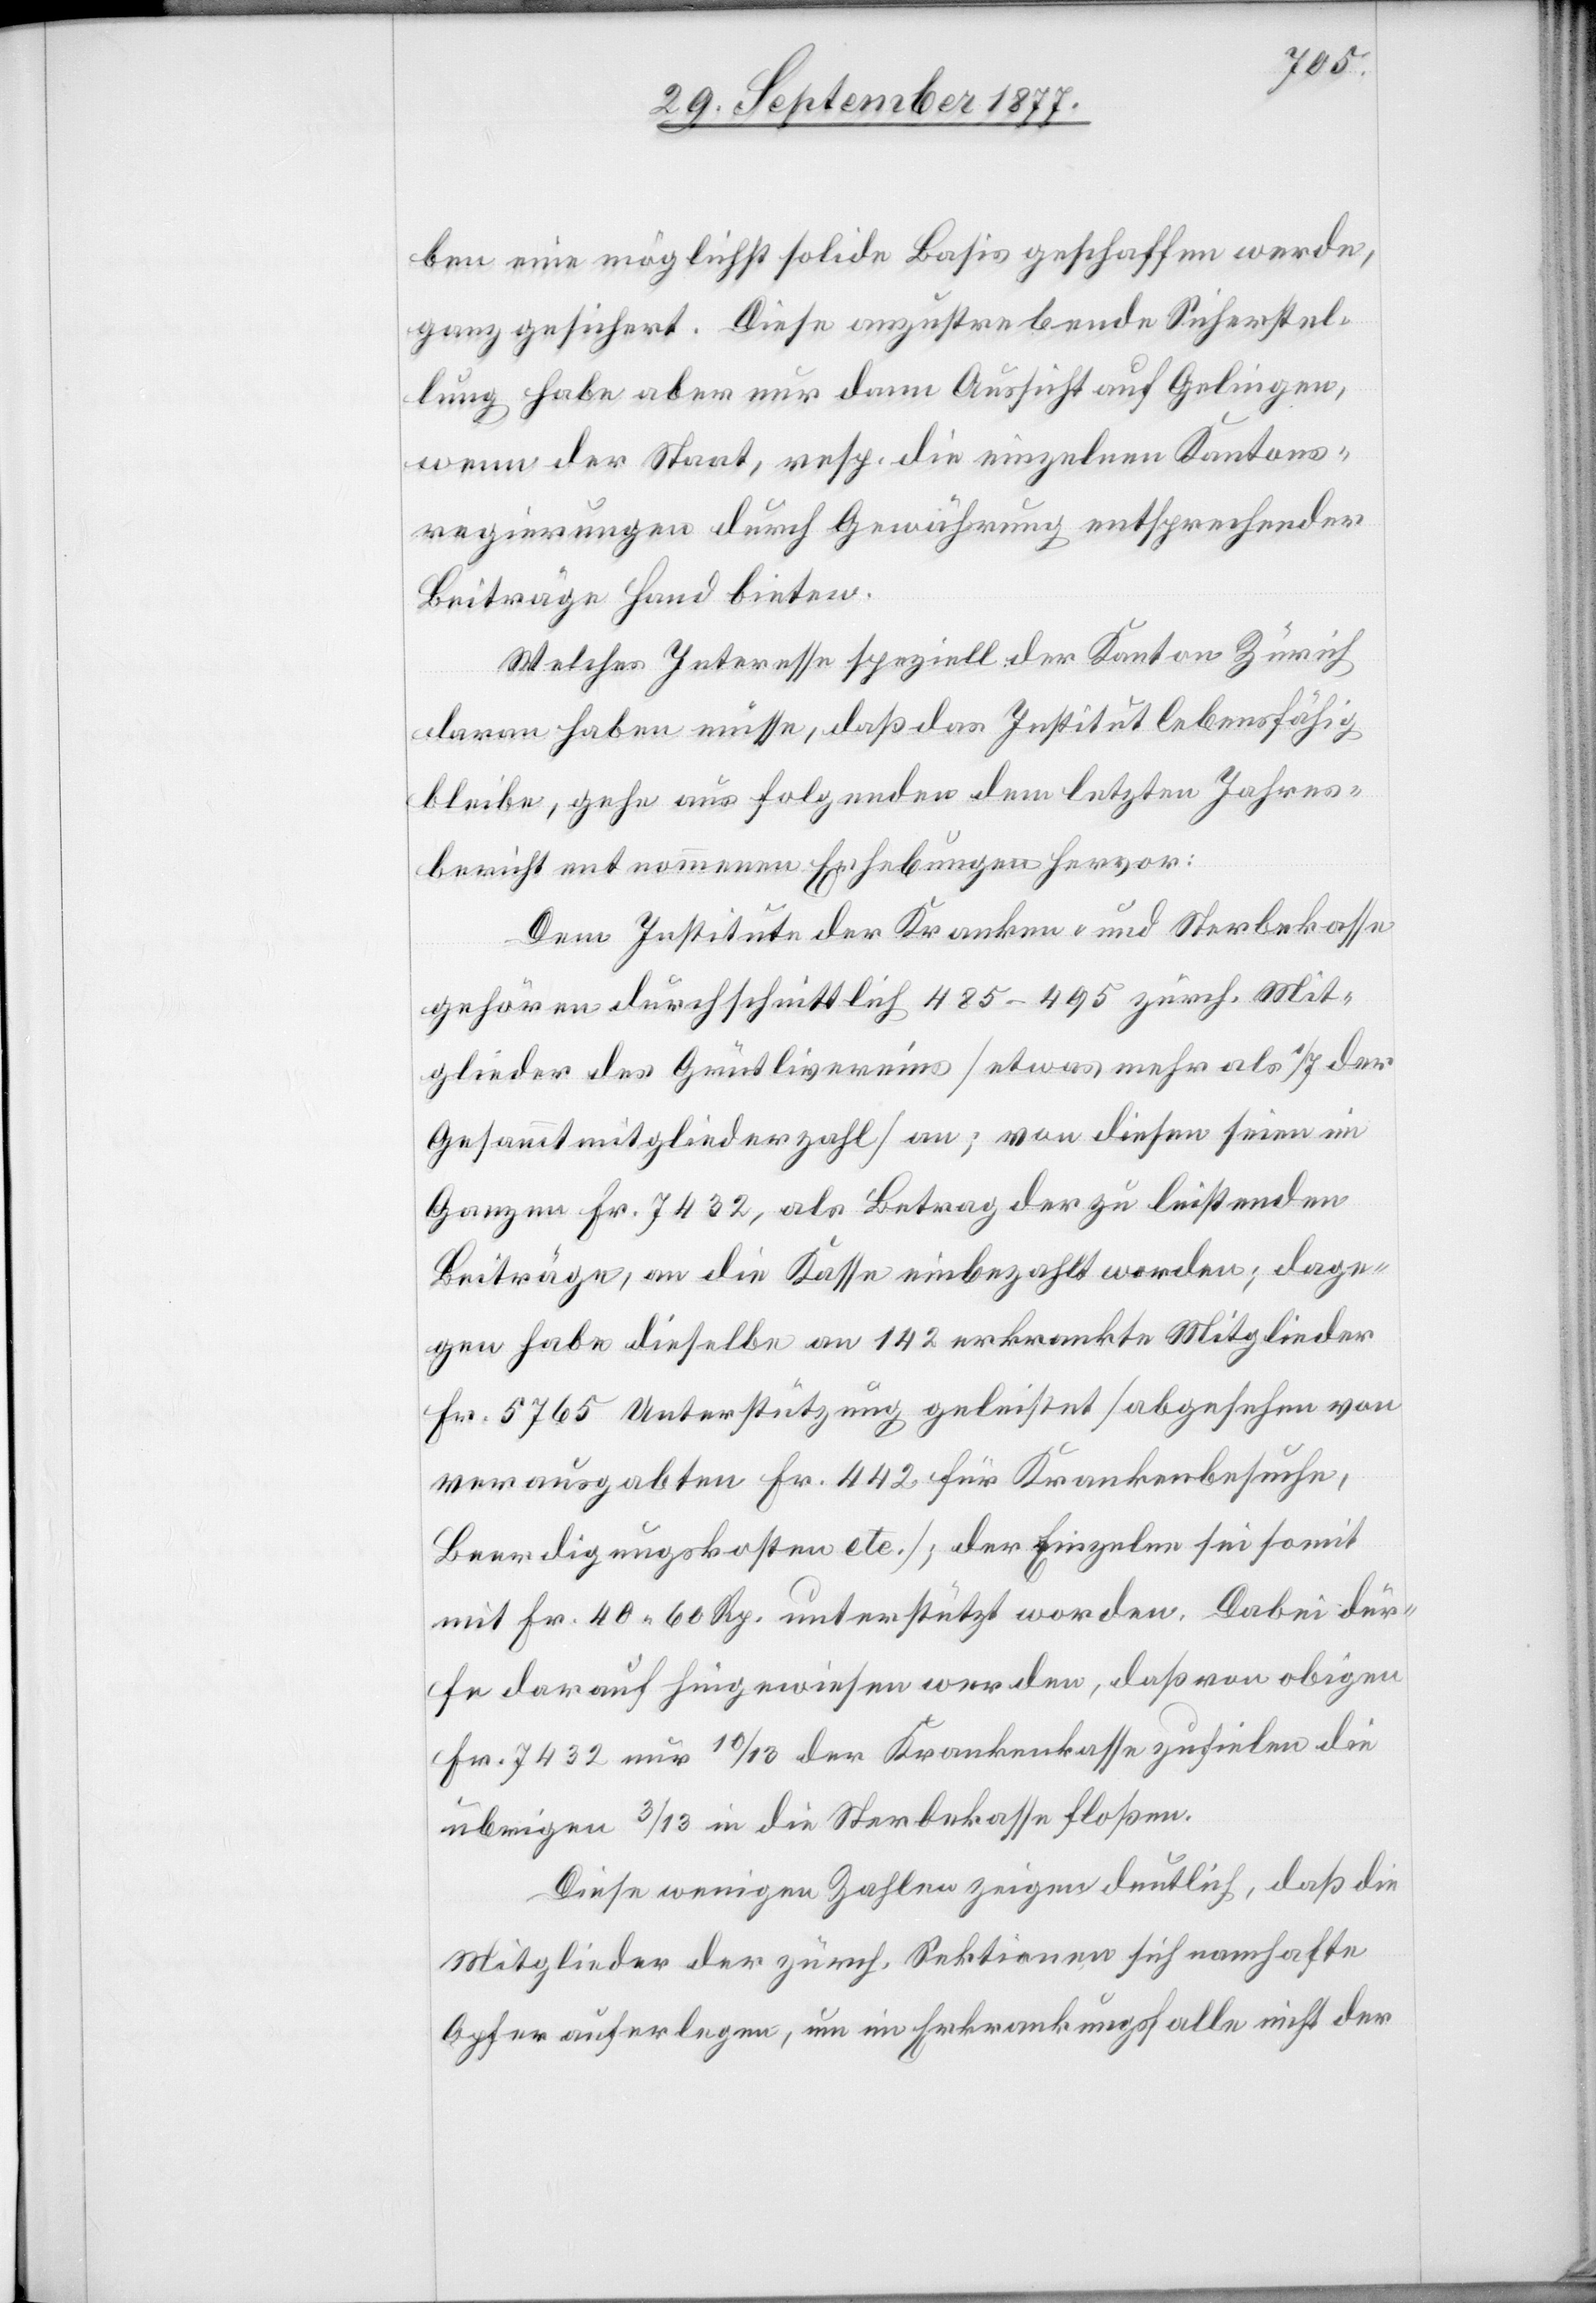
ben eine möglichst solide Basis geschaffen werde,
ganz gesichert. Diese anzustrebende Sicherstel¬
lung habe aber nur dann Aussicht auf Gelingen,
wenn der Staat, resp. die einzelnen Kantons¬
regierungen durch Gewährung entsprechender
Beiträge Hand bieten.
Welches Interesse speziell der Kanton Zürich
daran haben müsse, daß das Institut lebensfähig
bleibe, gehe aus folgenden dem letzten Jahres¬
bericht entnommenen Erhebungen hervor:
Dem Institute der Kranken- und Sterbekasse
gehören durchschnittlich 485–495 zürch. Mit¬
glieder des Grütlivereins [etwas mehr als 1/7 der
Gesammtmitgliederzahl] an; von diesen seien im
Ganzen Fr. 7432, als Betrag der zu leistenden
Beiträge, an die Kasse einbezahlt worden; dage¬
gen habe dieselbe an 142 erkrankte Mitglieder
Fr. 5765 Unterstützung geleistet [abgesehen von
verausgabten Fr. 442 für Krankenbesuche,
Beerdigungskosten etc.]; der Einzelne sei somit
mit Fr. 40 60 Rp. unterstützt worden. Dabei dür¬
fe darauf hingewiesen werden, daß von obigen
Fr. 7432 nur 10/13 der Krankenkasse zufielen die
übrigen 3/13 in die Sterbekasse floßen.
Diese wenigen Zahlen zeigen deutlich, daß die
Mitglieder der zürch. Sektionen sich namhafte
Opfer auferlegen, um im Erkrankungsfalle nicht der